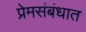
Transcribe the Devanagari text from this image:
प्रेमसंबंधात